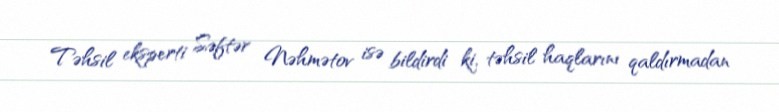
Təhsil eksperti Səftər Nəhmətov isə bildirdi ki, təhsil haqlarını qaldırmadan